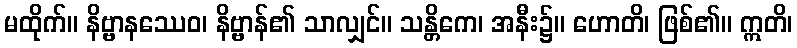
မထိုက်။ နိဗ္ဗာနဿေဝ၊ နိဗ္ဗာန်၏ သာလျှင်။ သန္တိကေ၊ အနီး၌။ ဟောတိ၊ ဖြစ်၏။ ဣတိ၊